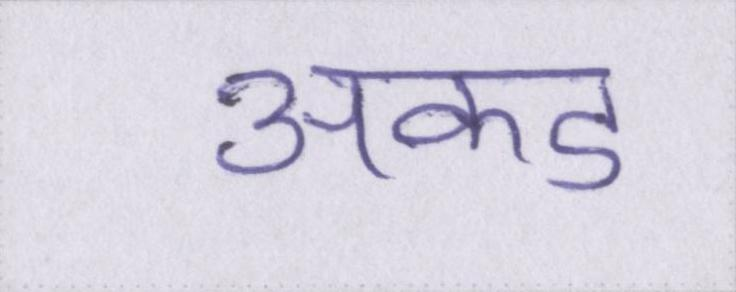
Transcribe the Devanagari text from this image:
अकड